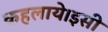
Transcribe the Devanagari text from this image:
कहलाये।इसी